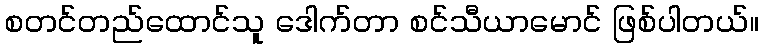
စတင်တည်ထောင်သူ ဒေါက်တာ စင်သီယာမောင် ဖြစ်ပါတယ်။